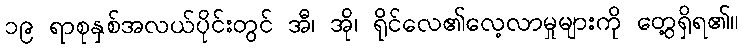
၁၉ ရာစုနှစ်အလယ်ပိုင်းတွင် အီ၊ အို၊ ရိုင်လေ၏လေ့လာမှုများကို တွေ့ရှိရ၏။